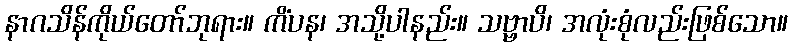
နာဂသိန်ကိုယ်တော်ဘုရား။ ကိံပန၊ အသို့ပါနည်း။ သဗ္ဗာပိ၊ အလုံးစုံလည်းဖြစ်သော။